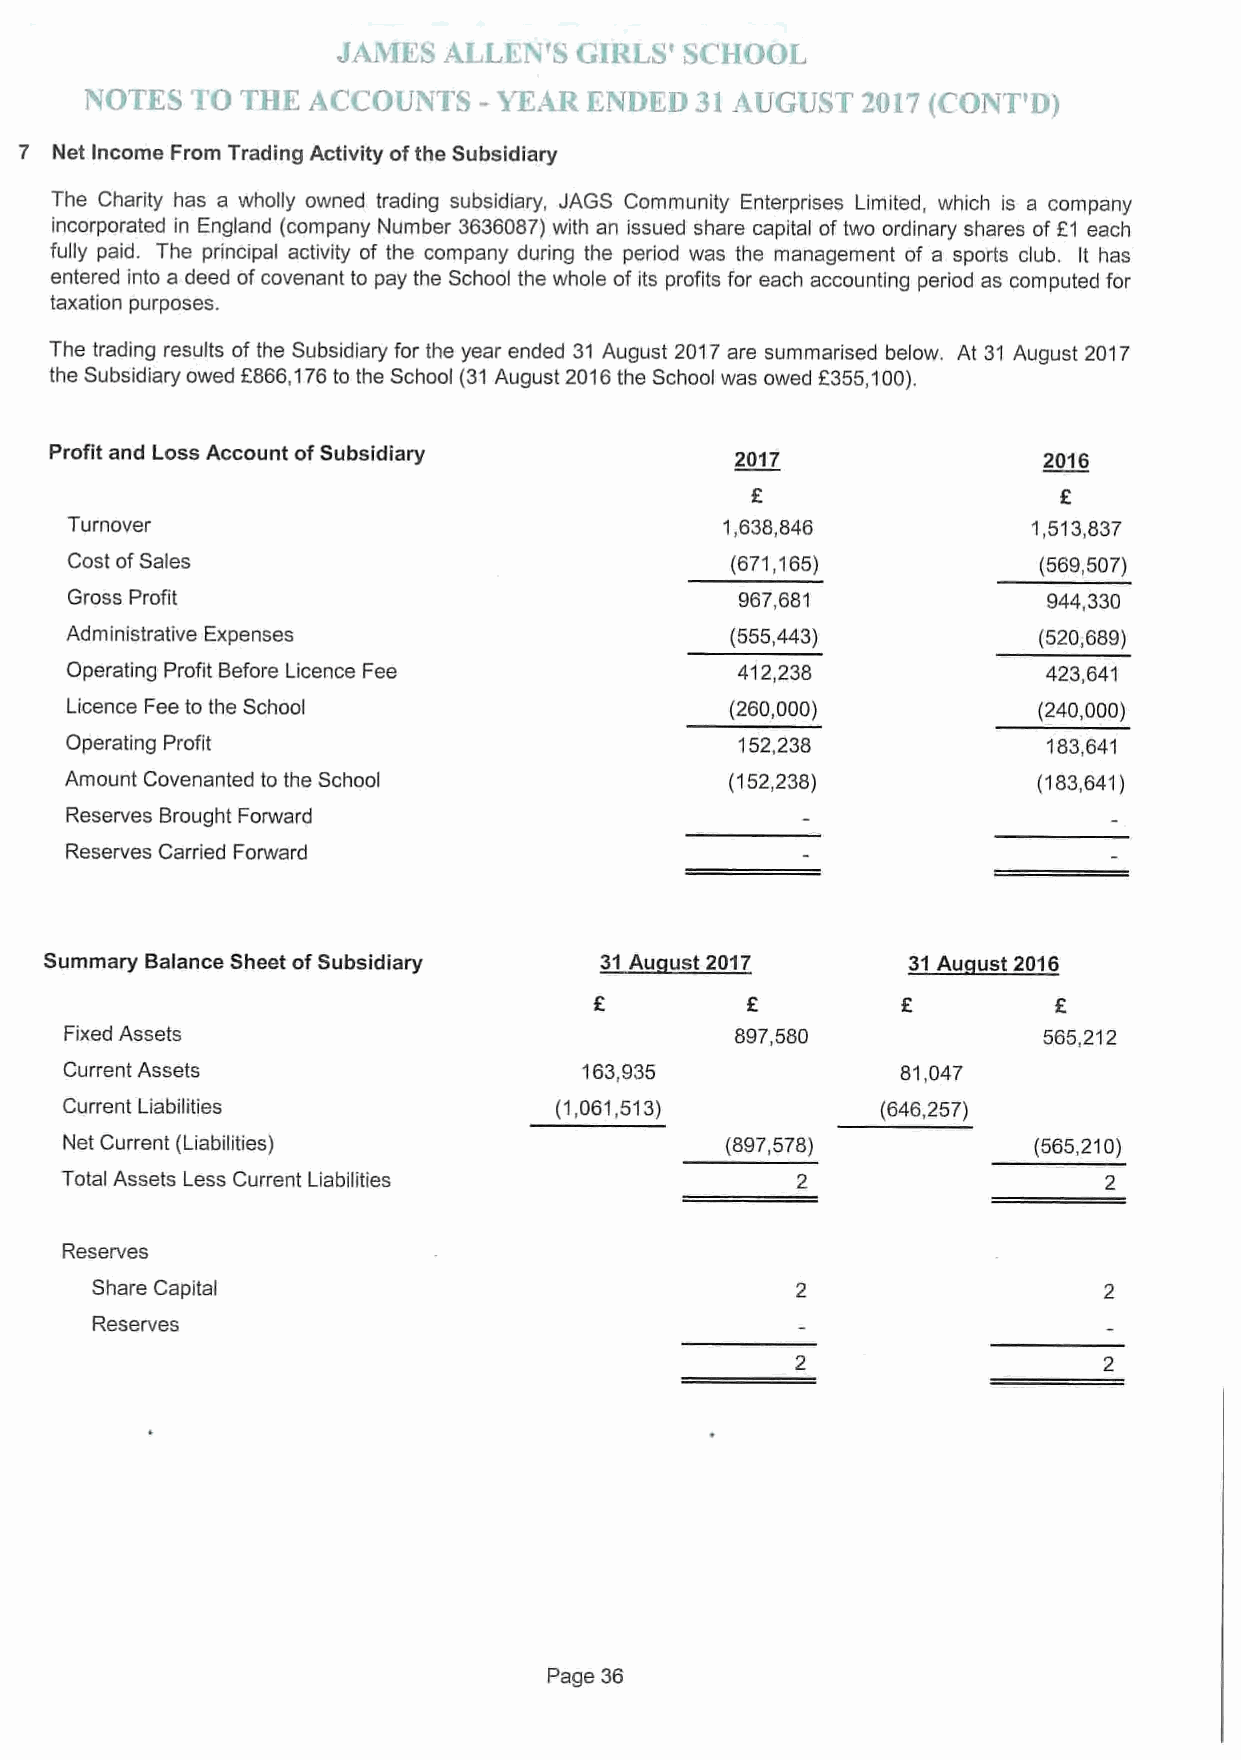
7  Net Income From Trading Activity ofthe Subsidiary
 The Charity has a wholly owned trading subsidiary, JAGS Community Enterprises Limited, which is a company
 incorporated in England (company Number 3636087)with an issued share capital oftwo ordinary shares of K1 each
 fully paid. The principal activity of the company during the period was the management of a sports club. It has
 entered into a deed ofcovenant to pay the School the whole of its profits for each accounting period as computed for
 taxation purposes.
 The trading results of the Subsidiary for the year ended 31 August 2017are summarised below. At 31 August 2017
 the Subsidiary owed f866,176to the School (31August 2016the School was owed 2355,100).
 Profit and Loss Account ofSubsidiary          2017                2016
 Turnover                                    1,638,846           1,513,837
 Cost ofSales                               (671,165)            (569,507)
 Gross Profit                                967,681             944,330
 Administrative Expenses                     (555,443)            (520,689)
 Operating Profit Before Licence Fee          412,238             423,641
 Licence Fee to the School                   (260,000)            (240,000)
 Operating Profit                             152,238             183,641
 Amount Covenanted to the School             (152,238)            (183,641)
 Reserves Brought Forward
 Reserves Carried Forward
 Summary Balance Sheet ofSubsidiary   31Au ust2017        31Au ust2016
 R
 Fixed Assets                                 897,580             565,212
 Current Assets                     163,935              81,047
 Current Liabilities              (1,061,513)          (646,257)
 Net Current (Liabilities)                   (897,578)           (565,210)
 Total Assets Less Current Liabilities
 Reserves
 Share Capital
 Reserves
 Page 36